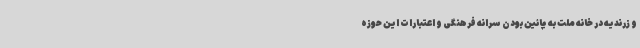
و زرندیه در خانه ملت به پائین بودن سرانه فرهنگی و اعتبارات این حوزه